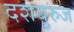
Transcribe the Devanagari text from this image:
दशबुरुज